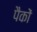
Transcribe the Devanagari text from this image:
पैकों